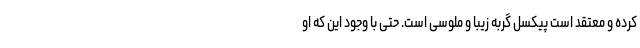
کرده و معتقد است پیکسل گربه زیبا و ملوسی است. حتی با وجود این که او